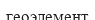
геоэлемент